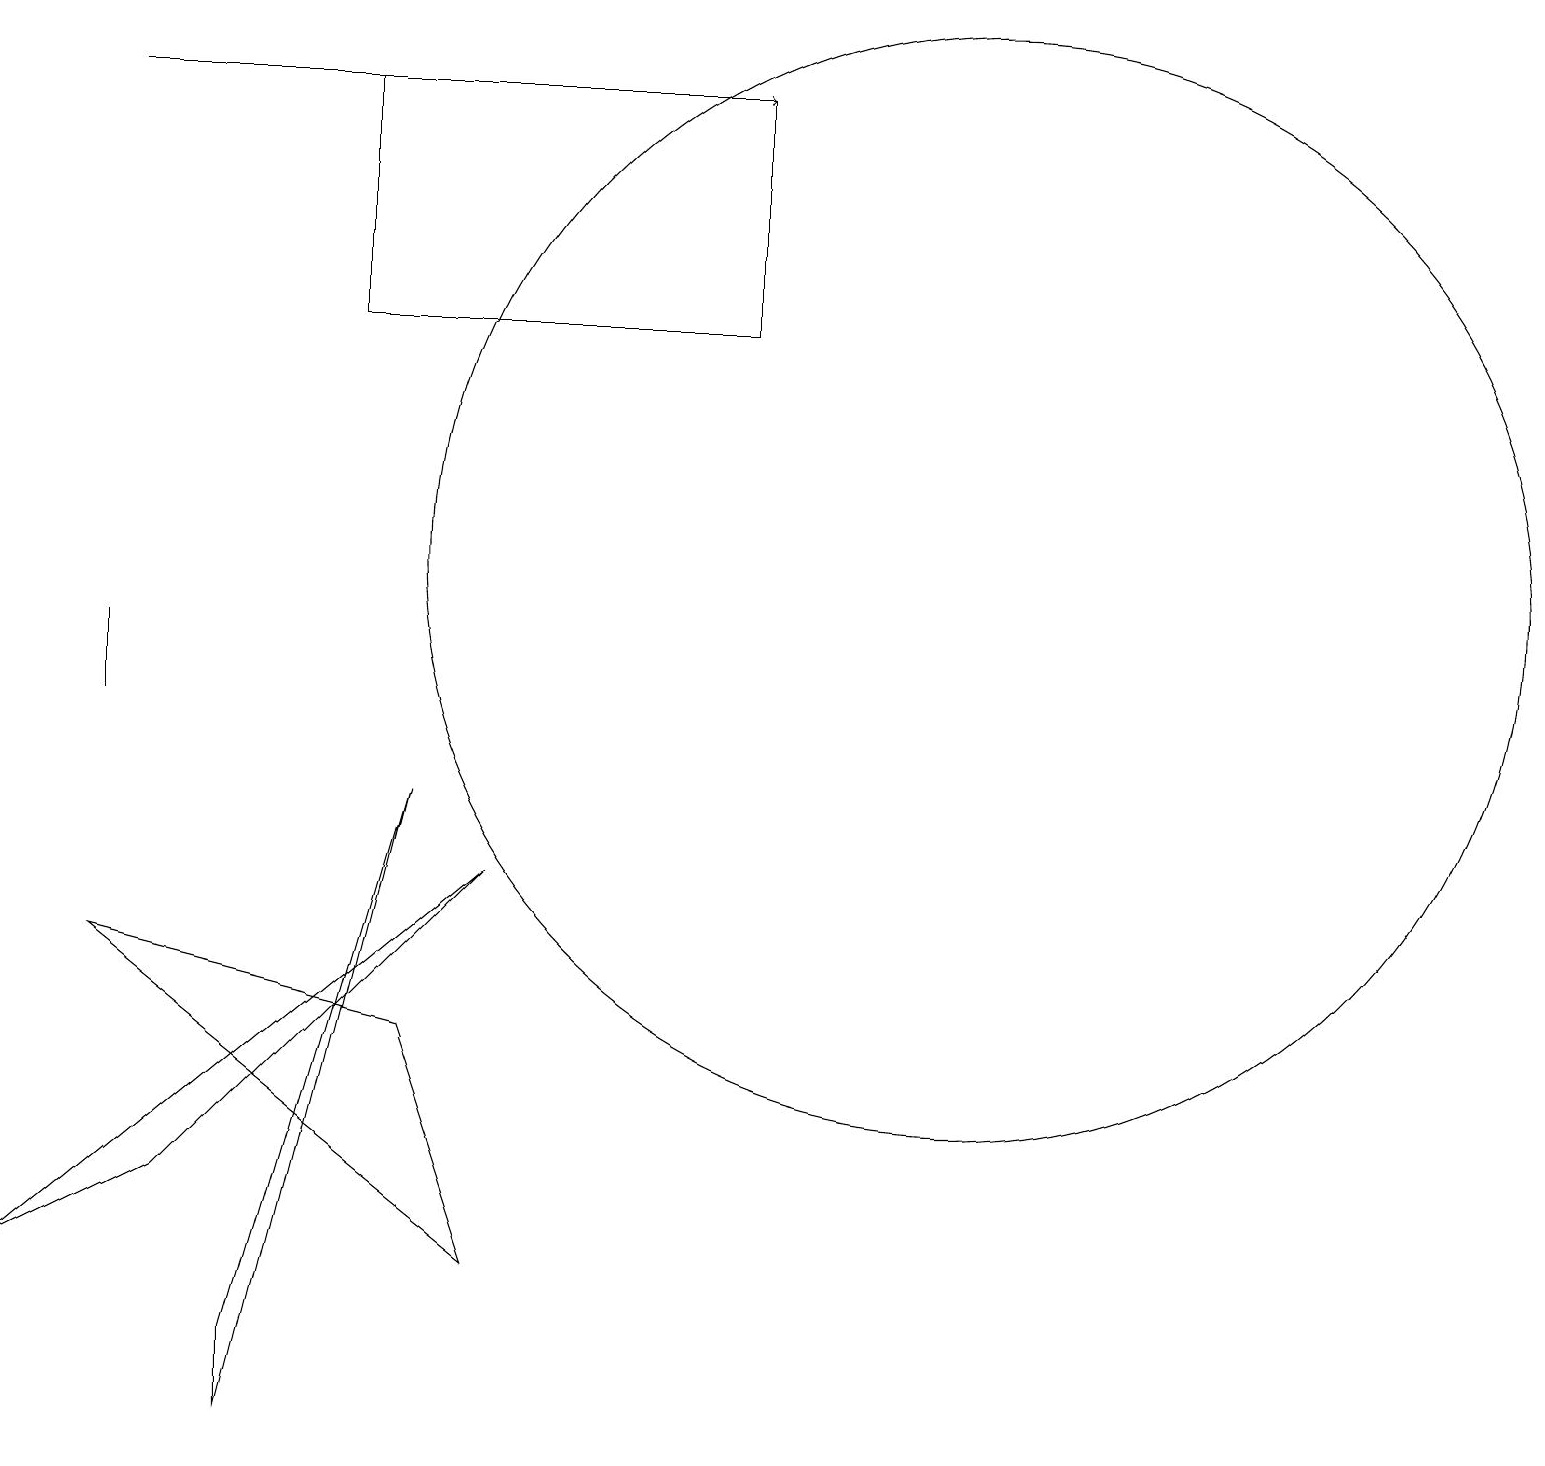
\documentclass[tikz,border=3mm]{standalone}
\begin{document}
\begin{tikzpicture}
\draw[->] (1,18) -- (9,18);
\draw (12,12) circle (7);
\draw (6,3) -- (1,7) -- (5,6) -- cycle;
\draw (9,15) rectangle (4,18);
\draw (2,4) -- (6,8) -- (0,3) -- cycle;
\draw (1,10) rectangle (1,11);
\draw (3,2) -- (3,1) -- (5,9) -- cycle;
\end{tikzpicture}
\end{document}